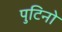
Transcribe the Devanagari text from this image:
पुटिनो